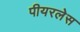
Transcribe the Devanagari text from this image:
पीयरलेस